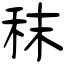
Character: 秣